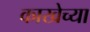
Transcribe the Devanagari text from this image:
काखेच्या